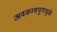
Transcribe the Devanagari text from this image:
अवकाशयुगामुळे